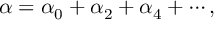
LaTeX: \alpha = \alpha _ { 0 } + \alpha _ { 2 } + \alpha _ { 4 } + \cdots ,